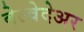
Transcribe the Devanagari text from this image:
बेल्वेदेअर